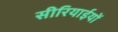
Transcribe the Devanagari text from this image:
सीरियाईयों